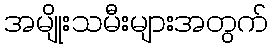
အမျိုးသမီးများအတွက်